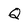
Character: Q